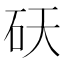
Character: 𬑾